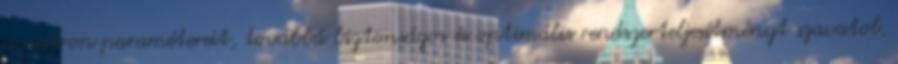
a patron paramétereit, továbbá biztonságos és optimális rendszerteljesítményt szavatol,